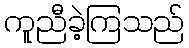
ကူညီခဲ့ကြသည်